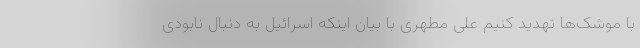
با موشک‌ها تهدید کنیم علی مطهری با بیان اینکه اسرائیل به دنبال نابودی